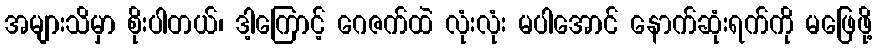
အများသိမှာ စိုးပါတယ်၊ ဒါ့ကြောင့် ဂေဇက်ထဲ လုံးလုံး မပါအောင် နောက်ဆုံးရက်ကို မဖြေဖို့